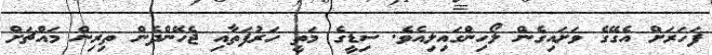
ފަހަރަށް އެގޭގެ ވަށައިގެން ލޯހިންގައިލިއެވެ. ސިޑީގެ މަތީ ހަރުފަތާއި ޖެހޭންދެން ތިރިން މައްޗަށް